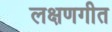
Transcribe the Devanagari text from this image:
लक्षणगीत